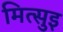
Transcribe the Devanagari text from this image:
मित्सुइ